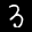
Label: 3